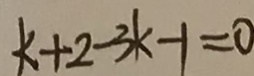
k + 2 - 3 k - 1 = 0